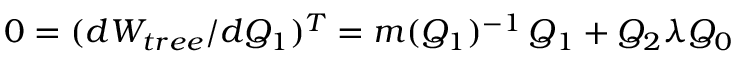
0 = ( d W _ { t r e e } / d Q _ { 1 } ) ^ { T } = m ( Q _ { 1 } ) ^ { - 1 } \, \d Q _ { 1 } + Q _ { 2 } \lambda Q _ { 0 }